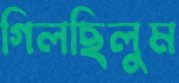
গিলছিলুম